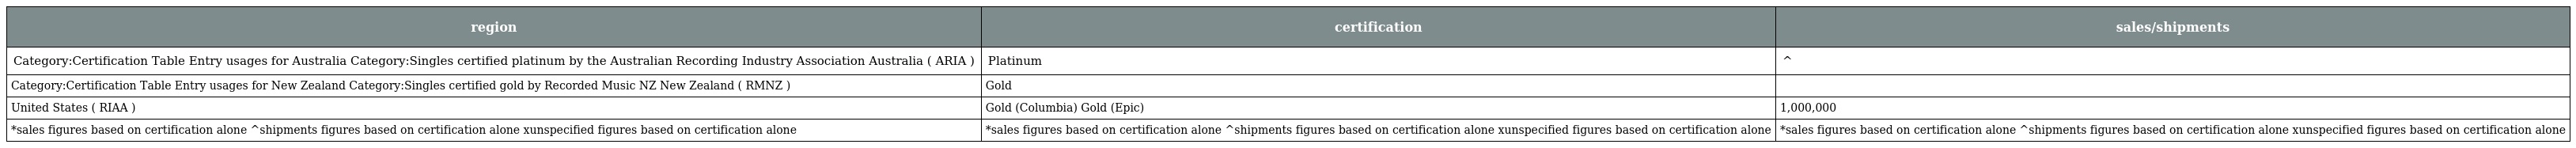
| region | certification | sales/shipments |
 | --- | --- | --- |
 | Category:Certification Table Entry usages for Australia Category:Singles certified platinum by the Australian Recording Industry Association Australia ( ARIA ) | Platinum | ^ |
 | Category:Certification Table Entry usages for New Zealand Category:Singles certified gold by Recorded Music NZ New Zealand ( RMNZ ) | Gold |  |
 | United States ( RIAA ) | Gold (Columbia) Gold (Epic) | 1,000,000 |
 | *sales figures based on certification alone ^shipments figures based on certification alone xunspecified figures based on certification alone | *sales figures based on certification alone ^shipments figures based on certification alone xunspecified figures based on certification alone | *sales figures based on certification alone ^shipments figures based on certification alone xunspecified figures based on certification alone |